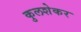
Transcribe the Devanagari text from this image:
कुलशेकर